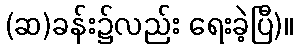
(ဆ)ခန်း၌လည်း ရေးခဲ့ပြီ)။